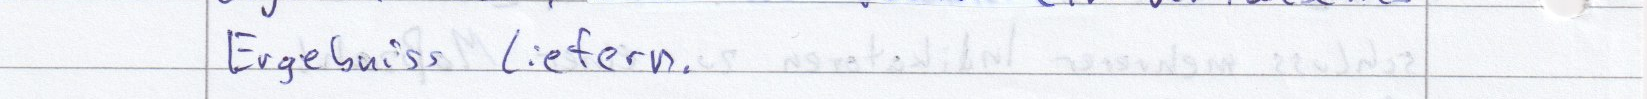
Ergebniss liefern.